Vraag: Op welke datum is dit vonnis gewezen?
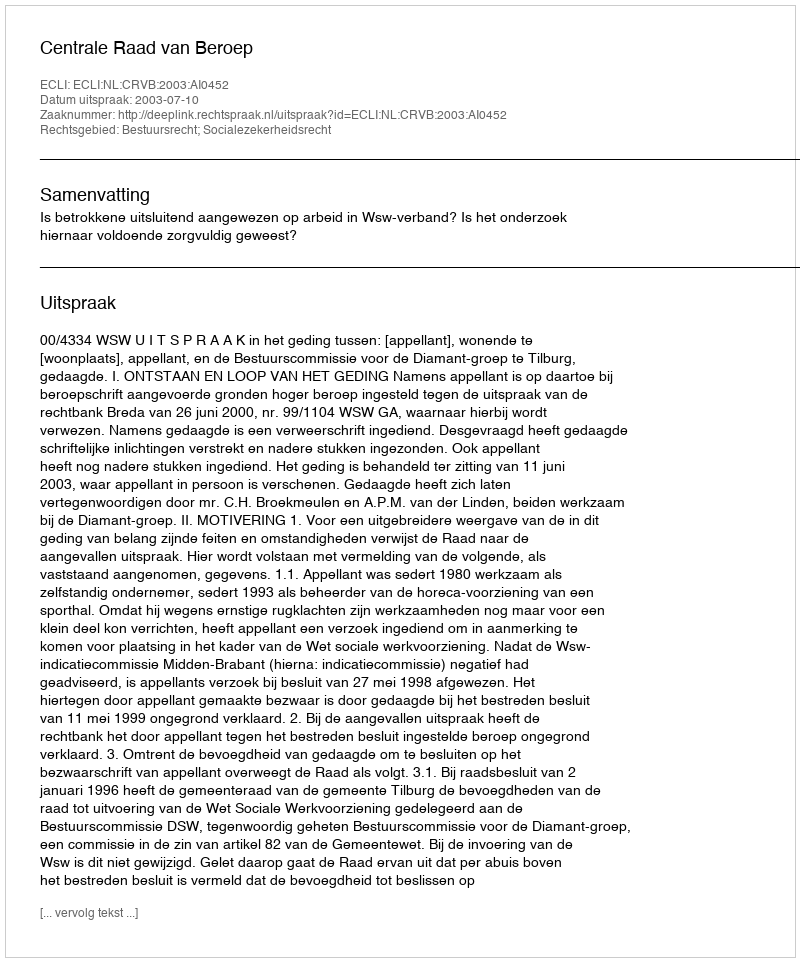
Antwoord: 2003-07-10